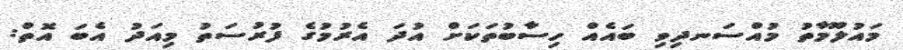
މައުލޫމާތު މުއްސަނދިވި ބައެއް ހިސާބުތަކަށް އުދަ އެރުމުގެ ފުރުސަތު މިއަދު އެބަ އޮތް: